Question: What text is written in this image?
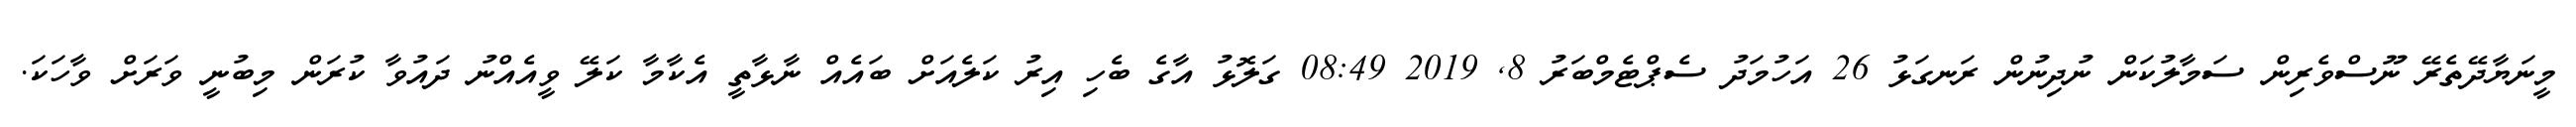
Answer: މީނަޔާދޭތެރޭ ނޫސްވެރިން ސަމާލުކަން ނުދިނުން ރަނގަޅު 26 އަހުމަދު ސެޕްޓެމްބަރު 8, 2019 08:49 ގަލޮޅު އާގެ ބެހި އިރު ކަލެއަށް ބައެއް ނާޅާތީ އެކާމާ ކަލޭ ވީއެއްނު ދައުވާ ކުރަން މިބުނީ ވަރަށް ވާހަކަ.